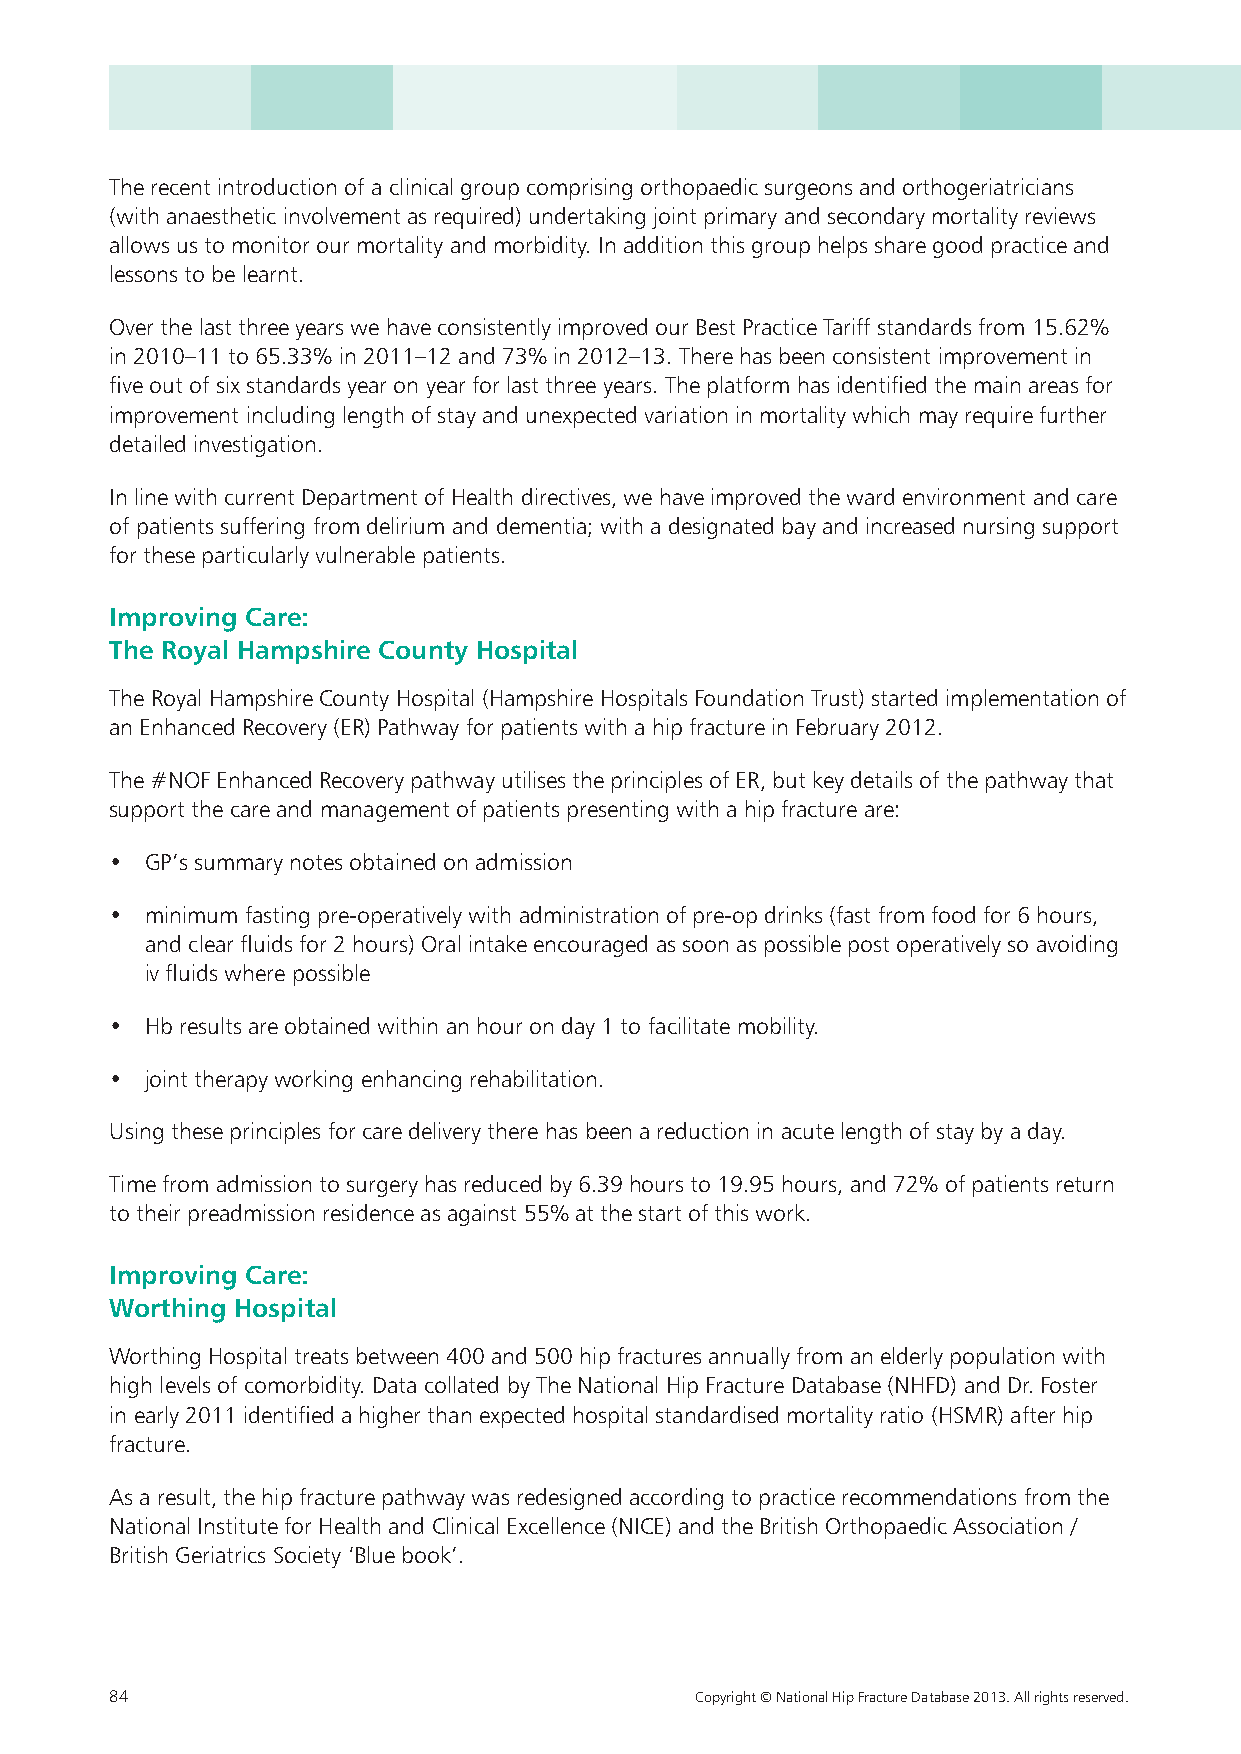
The recent introduction of a clinical group comprising orthopaedic surgeons and orthogeriatricians
 (with anaesthetic involvement as required) undertaking joint primary and secondary mortality reviews
 allows us to monitor our mortality and morbidity. In addition this group helps share good practice and
 lessons to be learnt.
 Over the last three years we have consistently improved our Best Practice Tariff standards from 15.62%
 in 2010–11 to 65.33% in 2011–12 and 73% in 2012–13. There has been consistent improvement in
 five out of six standards year on year for last three years. The platform has identified the main areas for
 improvement including length of stay and unexpected variation in mortality which may require further
 detailed investigation.
 In line with current Department of Health directives, we have improved the ward environment and care
 of patients suffering from delirium and dementia; with a designated bay and increased nursing support
 for these particularly vulnerable patients.
 Improving Care:
 The Royal Hampshire County Hospital
 The Royal Hampshire County Hospital (Hampshire Hospitals Foundation Trust) started implementation of
 an Enhanced Recovery (ER) Pathway for patients with a hip fracture in February 2012.
 The #NOF Enhanced Recovery pathway utilises the principles of ER, but key details of the pathway that
 support the care and management of patients presenting with a hip fracture are:
 •  GP’s summary notes obtained on admission
 •  minimum fasting pre-operatively with administration of pre-op drinks (fast from food for 6 hours,
 and clear fluids for 2 hours) Oral intake encouraged as soon as possible post operatively so avoiding
 iv fluids where possible
 •  Hb results are obtained within an hour on day 1 to facilitate mobility.
 •  joint therapy working enhancing rehabilitation.
 Using these principles for care delivery there has been a reduction in acute length of stay by a day.
 Time from admission to surgery has reduced by 6.39 hours to 19.95 hours, and 72% of patients return
 to their preadmission residence as against 55% at the start of this work.
 Improving Care:
 Worthing Hospital
 Worthing Hospital treats between 400 and 500 hip fractures annually from an elderly population with
 high levels of comorbidity. Data collated by The National Hip Fracture Database (NHFD) and Dr. Foster
 in early 2011 identified a higher than expected hospital standardised mortality ratio (HSMR) after hip
 fracture.
 As a result, the hip fracture pathway was redesigned according to practice recommendations from the
 National Institute for Health and Clinical Excellence (NICE) and the British Orthopaedic Association /
 British Geriatrics Society ‘Blue book’.
 84                                     Copyright © National Hip Fracture Database 2013. All rights reserved.